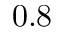
0 . 8